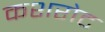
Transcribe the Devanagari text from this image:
कशरोट